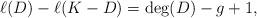
LaTeX: \begin{align*}\ell(D) - \ell(K-D) = \deg(D) - g+1,\end{align*}